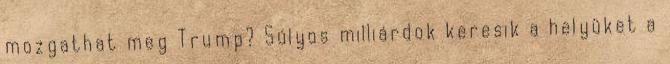
mozgathat meg Trump? Súlyos milliárdok keresik a helyüket a